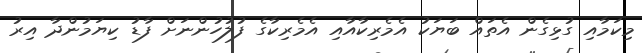
މިކަމާއި ގުޅިގެން އެތައް ބަޔަކު އެމެރިކާއާއި އެމެރިކާގެ ފުލުހުންނަށް ފާޑު ކިޔަމުންދާ އިރު